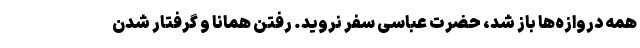
همه دروازه‌ها باز شد، حضرت عباسی سفر نروید. رفتن همانا و گرفتار شدن